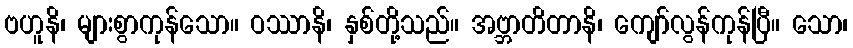
ဗဟူနိ၊ များစွာကုန်သော။ ဝဿာနိ၊ နှစ်တို့သည်။ အဗ္ဘာတိတာနိ၊ ကျော်လွန်ကုန်ပြီ။ သော၊